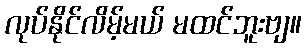
လုပ်နိုင်လိမ့်မယ် မထင်ဘူးဗျ။